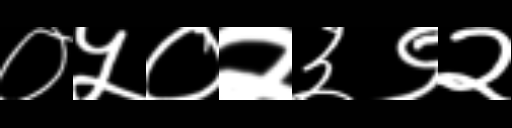
Text: ०५०२३९२